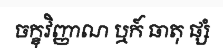
ចក្ខុវិញ្ញាណ ឬក៍ ធាតុ ផ្សំ